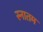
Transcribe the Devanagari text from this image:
स्नातम